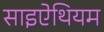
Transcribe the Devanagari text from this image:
साइऐथियम